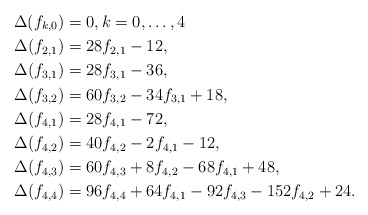
\begin{align*}\Delta(f_{k,0}) & = 0, k=0,\ldots,4\\\Delta(f_{2,1}) &= 28 f_{2,1}-12,\\\Delta(f_{3,1}) &= 28 f_{3,1}-36,\\\Delta(f_{3,2}) &= 60 f_{3,2}-34 f_{3,1}+18,\\\Delta(f_{4,1}) &= 28 f_{4,1}-72,\\ \Delta(f_{4,2}) &= 40 f_{4,2}-2f_{4,1}-12,\\ \Delta(f_{4,3}) &= 60 f_{4,3}+8 f_{4,2}-68 f_{4,1}+48,\\\Delta(f_{4,4}) &= 96f_{4,4}+64 f_{4,1}-92 f_{4,3}-152 f_{4,2}+24.\end{align*}